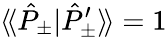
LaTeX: \langle\! \langle\hat{P}_{\pm}|\hat{P}_{\pm}^{\prime}\rangle\! \rangle=1